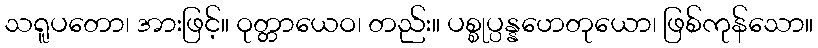
သရူပတော၊ အားဖြင့်။ ဝုတ္တာယေဝ၊ တည်း။ ပစ္စုပ္ပန္နဟေတုယော၊ ဖြစ်ကုန်သော။